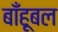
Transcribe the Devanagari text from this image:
बाँहूबल